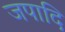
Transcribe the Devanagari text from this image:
जपादि